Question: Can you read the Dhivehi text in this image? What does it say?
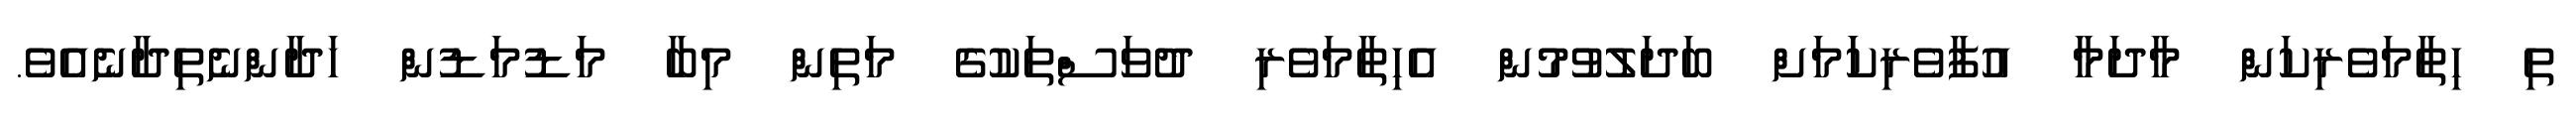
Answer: ތި ހިތާމަވެރިކަން މާދަމާ އުފާވެރިކަަމަށް ބަދަލުވުމުން އެހިތާމަވެރި ދުވަސްތަކުގެ މަތިން މިބާ މަޑުމަޑުން ހަދާންނެތިދާނެއެވެ.